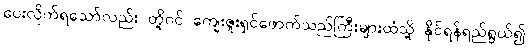
ပေးလိုက်ရသော်လည်း တို့ဝင် ကျေးဇူးရှင်ဖောက်သည်ကြီးများထံသို့ နိုင်ရန်ရည်ရွယ်၍